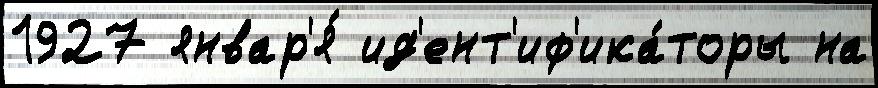
1927 январ'я́ ид'ент'иф'ика́торы на